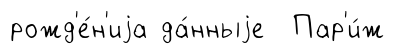
рожд'е́н'иjа да́нныjе Пар'и́ж